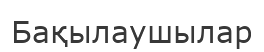
Бақылаушылар